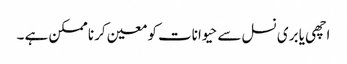
اچھی یا بری نسل سے حیوانات کو معین کرنا ممکن ہے ۔